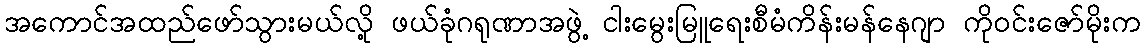
အကောင်အထည်ဖော်သွားမယ်လို့ ဖယ်ခုံဂရုဏာအဖွဲ့ ငါးမွေးမြူရေးစီမံကိန်းမန်နေဂျာ ကိုဝင်းဇော်မိုးက